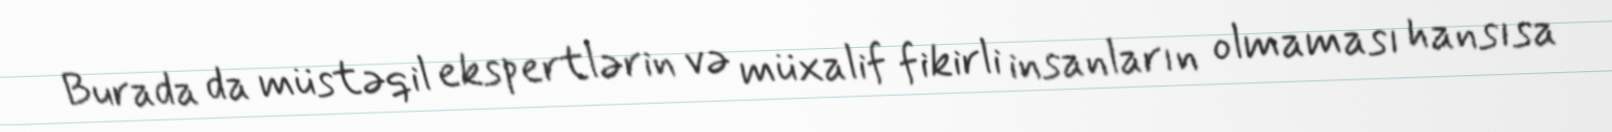
Burada da müstəqil ekspertlərin və müxalif fikirli insanların olmaması hansısa